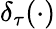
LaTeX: \delta_{\tau}(\cdot)